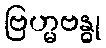
ဗြဟ္မဗန္ဓု